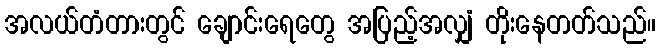
အလယ်တံတားတွင် ချောင်းရေတွေ အပြည့်အလျှံ တိုးနေတတ်သည်။